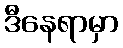
ဒီနေရာမှာ